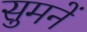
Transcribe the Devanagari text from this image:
सुमनें